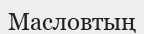
Масловтың